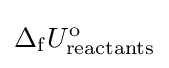
\Delta _{\rm {f}}U_{\mathrm {reactants} }^{\rm {o}}